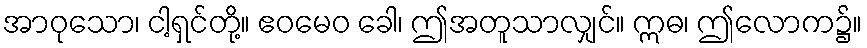
အာဝုသော၊ ငါ့ရှင်တို့။ ဧဝမေဝ ခေါ၊ ဤအတူသာလျှင်။ ဣဓ၊ ဤလောက၌။